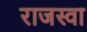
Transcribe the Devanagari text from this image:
राजस्वा